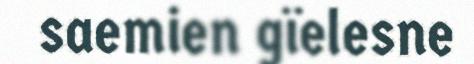
saemien gïelesne